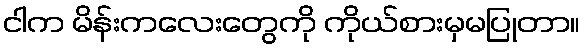
ငါက မိန်းကလေးတွေကို ကိုယ်စားမှမပြုတာ။